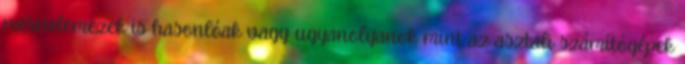
merevlemezek is hasonlóak vagy ugyanolyanok mint az asztali számítógépek